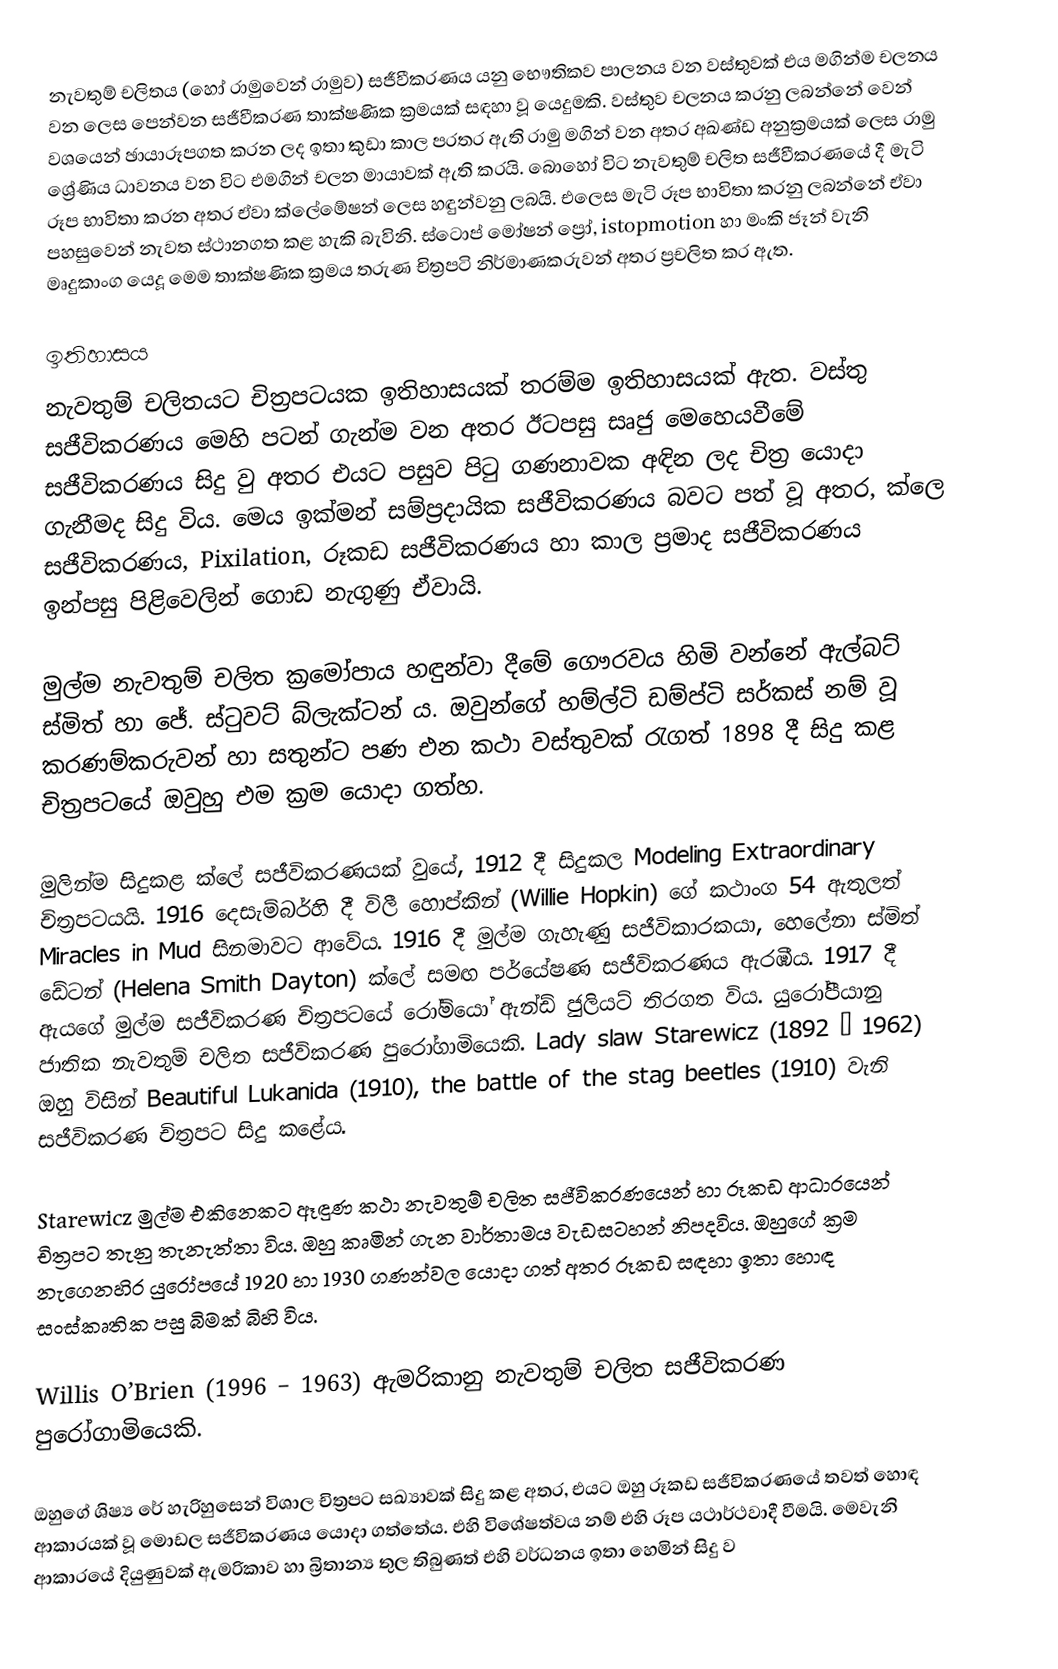
නැවතුම් චලිතය (හෝ රාමුවෙන් රාමුව) සජීවීකරණය යනු භෞතිකව පාලනය වන වස්තුවක් එය මගින්ම චලනය වන ලෙස පෙන්වන සජීවීකරණ තාක්ෂණික ක්‍රමයක් සඳහා වූ යෙදුමකි. වස්තුව චලනය කරනු ලබන්නේ වෙන් වශයෙන් ඡායාරූපගත කරන ලද ඉතා කුඩා කාල පරතර ඇති රාමු මගින් වන අතර අඛණ්ඩ අනුක්‍රමයක් ලෙස රාමු ශ්‍රේණිය ධාවනය වන විට එමගින් චලන මායාවක් ඇති කරයි. බොහෝ විට නැවතුම් චලිත සජීවීකරණයේ දී මැටි රූප භාවිතා කරන අතර ඒවා ක්ලේමේෂන් ලෙස හඳුන්වනු ලබයි. එලෙස මැටි රූප භාවිතා කරනු ලබන්නේ ඒවා පහසුවෙන් නැවත ස්ථානගත කළ හැකි බැවිනි. ස්ටොප් මෝෂන් ප්‍රෝ, istopmotion හා මංකි ජෑන් වැනි මෘදුකාංග යෙදූ මෙම තාක්ෂණික ක්‍රමය තරුණ චිත්‍රපටි නිර්මාණකරුවන් අතර ප්‍රචලිත කර ඇත.

ඉතිහාසය
නැවතුම් චලිතයට චිත්‍රපටයක ඉතිහාසයක් තරම්ම ඉතිහාසයක් ඇත. වස්තු සජීවිකරණය මෙහි පටන් ගැන්ම වන අතර ඊටපසු සෘජු මෙහෙයවීමේ සජීවිකරණය සිදු වු අතර එයට පසුව පිටු ගණනාවක අඳින ලද චිත්‍ර යොදා ගැනීමද සිදු විය. මෙය ඉක්මන් සම්ප්‍රදායික සජීවිකරණය බවට පත් වූ අතර, ක්ලෙ සජීවිකරණය,  Pixilation, රූකඩ සජීවිකරණය හා කාල ප්‍රමාද සජීවිකරණය ඉන්පසු පිළිවෙලින් ගොඩ නැගුණු ඒවායි.

මුල්ම නැවතුම් චලිත ක්‍රමෝපාය හඳුන්වා දීමේ ගෞරවය හිමි වන්නේ ඇල්බට් ස්මිත් හා ජේ. ස්ටුවට් බ්ලැක්ටන් ය. ඔවුන්ගේ හම්ල්ටි ඩම්ප්ටි සර්කස් නම් වූ කරණම්කරුවන් හා සතුන්ට පණ එන කථා වස්තුවක්   රැගත් 1898 දී සිදු කළ චිත්‍රපටයේ ඔවුහු එම ක්‍රම යොදා ගත්හ.

මුලින්ම සිදුකළ ක්ලේ සජීවිකරණයක් වුයේ, 1912 දී සිදුකල Modeling Extraordinary චිත්‍රපටයයි. 1916 දෙසැම්බර්හි දී  විලී හොප්කින් (Willie Hopkin) ගේ කථාංග 54 ඇතුලත් ‍Miracles in Mud සිනමාවට ආවේය. 1916 දී මුල්ම ගැහැණු සජීවිකාරකයා‍‍, හෙලේනා ස්මිත් ඩේටන් (Helena Smith Dayton) ක්ලේ සමඟ  පර්යේෂණ සජීවිකරණය ඇරඹීය. 1917 දී ඇයගේ මුල්ම සජීවිකරණ  චිත්‍රපටයේ රෝමියෝ ඇන්ඩ් ජුලියට් තිරගත විය. යුරෝපීයානු ජාතික නැවතුම් චලිත සජීවිකරණ පුරෝගාමියෙකි. Lady slaw Starewicz  (1892 – 1962) ඔහු විසින් Beautiful Lukanida (1910), the battle of the stag beetles (1910) වැනි සජීවිකරණ චිත්‍රපට සිදු කළේය.

Starewicz මුල්ම එකිනෙකට ඈඳුණ කථා නැවතුම් චලිත සජීවිකරණයෙන් හා රූකඩ ආධාරයෙන් චිත්‍රපට තැනු තැනැත්තා විය. ඔහු කෘමින් ගැන වාර්තාමය වැඩසටහන් නිපදවිය. ඔහුගේ ක්‍රම නැගෙනහිර යුරෝපයේ 1920 හා 1930 ගණන්වල යොදා ගත් අතර රූකඩ සඳහා ඉතා හොඳ සංස්කෘතික පසු බිමක් බිහි විය.

Willis O’Brien (1996 – 1963) ඇමරිකානු නැවතුම් චලිත සජීවිකරණ පුරෝගාමියෙකි.

ඔහුගේ ශිෂ්‍ය රේ හැරිහුසෙන් විශාල චිත්‍රපට සඛ්‍යාවක් සිදු කළ අතර, එයට ඔහු රූකඩ සජීවිකරණයේ තවත් හොඳ ආකාරයක් වූ මොඩල සජීවිකරණය යොදා ගත්තේය.  එහි විශේෂත්වය නම් එහි රූප යථාර්ථවාදී වීමයි. මෙවැනි ආකාරයේ දියුණුවක් ඇමරිකාව හා බ්‍රිතාන්‍ය තුල තිබුණත් එහි වර්ධනය ඉතා හෙමින් සිදු ව